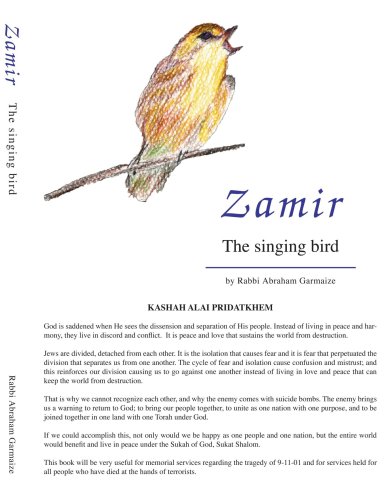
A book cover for Zamir: The Singing Bird; Rabbi Abraham Garmaize; Religion & Spirituality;